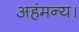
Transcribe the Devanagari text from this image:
अहंमन्य।